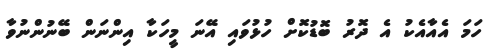
ހަމަ އެއާއެކު އެ ދޮރު ބޮޑުކޮށް ހުޅުވައި އޭނަ މީހަކާ އިންނަން ބޭނުންނުވާ